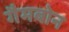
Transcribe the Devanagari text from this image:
गैमबोन